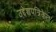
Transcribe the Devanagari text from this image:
उद्देशपत्रिकेत